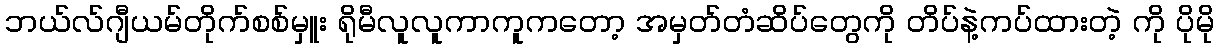
ဘယ်လ်ဂျီယမ်တိုက်စစ်မှူး ရိုမီလူလူကာကူကတော့ အမှတ်တံဆိပ်တွေကို တိပ်နဲ့ကပ်ထားတဲ့ ကို ပိုမို